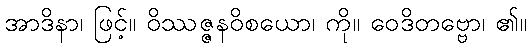
အာဒိနာ၊ ဖြင့်။ ဝိဿဇ္ဇနဝိစယော၊ ကို။ ဝေဒိတဗ္ဗော၊ ၏။